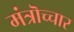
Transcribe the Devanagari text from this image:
मंत्रॊच्चार